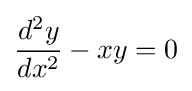
{\frac {d^{2}y}{dx^{2}}}-xy=0